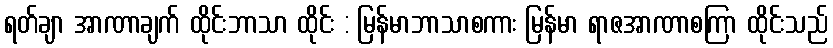
ရတ်ချာ အာဏာချက် ထိုင်းဘာသာ ထိုင်း : မြန်မာဘာသာစကား မြန်မာ ရာဇအာဏာစကြာ ထိုင်းသည်